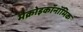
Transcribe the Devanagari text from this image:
मैक्रोइकॉनॉमिक